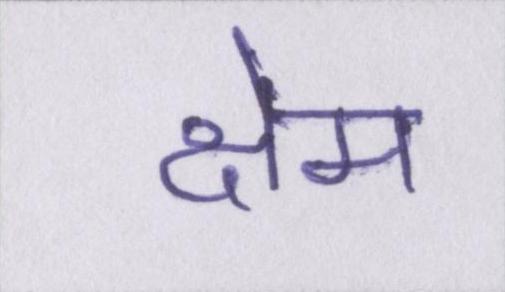
क्षेम